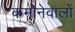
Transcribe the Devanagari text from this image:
कमानेवालों